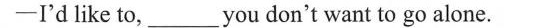
——I'd like to, ___ you don't want to go alone.